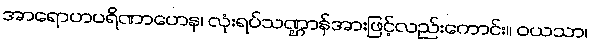
အာရောဟပရိဏာဟေန၊ လုံးရပ်သဏ္ဌာန်အားဖြင့်လည်းကောင်း။ ဝယသာ၊